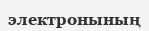
электронының